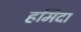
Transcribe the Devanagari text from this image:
हमिदा